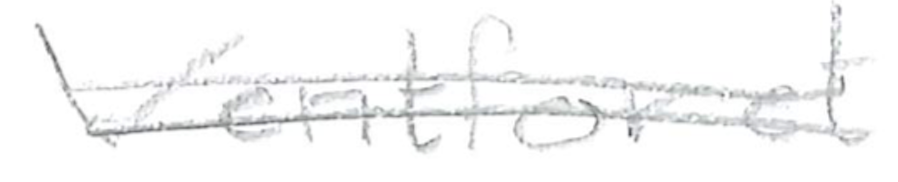
Text: Ventforet
Cross-out: mix
Writing tool: pencil